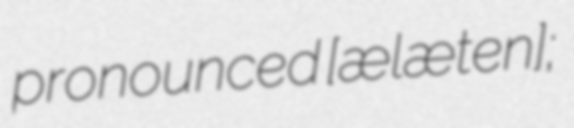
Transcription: pronounced [ʃælæˈteːn];